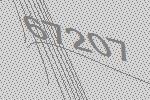
67207